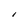
Character: 1